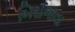
બિરાજવા